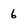
Character: 6